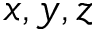
x , y , z